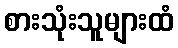
စားသုံးသူများထံ